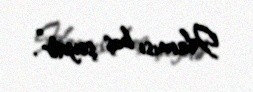
Hamısı boş şeydir”.